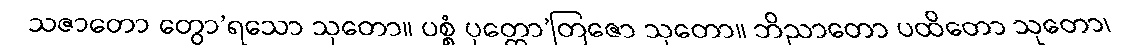
သဇာတော တွော’ရသော သုတော။ ပစ္စံ ပုတ္တော’တြဇော သုတော။ ဘိညာတော ပထိတော သုတော၊